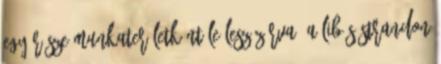
egy része munkaterületként le lesz zárva. A Libás strandon